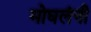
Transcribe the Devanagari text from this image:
मोघलंनी